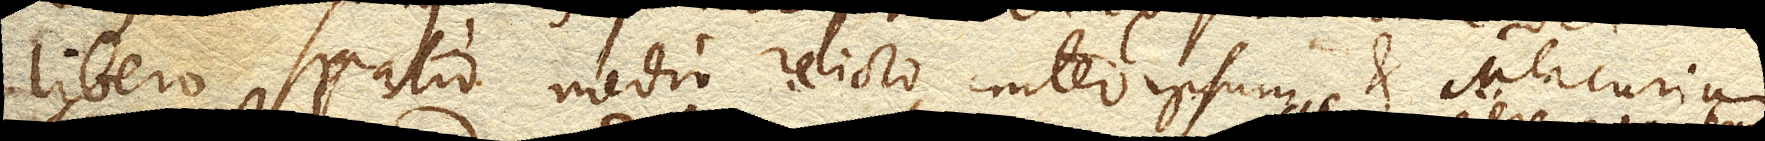
libero spatio medio relicto inter ipsum et Mercurium